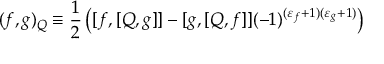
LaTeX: ( f , g ) _ { Q } \equiv \frac { 1 } { 2 } \left( [ f , [ Q , g ] ] - [ g , [ Q , f ] ] ( - 1 ) ^ { ( \varepsilon _ { f } + 1 ) ( \varepsilon _ { g } + 1 ) } \right)